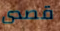
قصدى